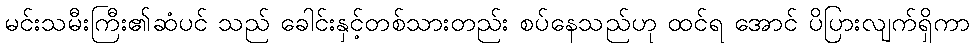
မင်းသမီးကြီး၏ဆံပင် သည် ခေါင်းနှင့်တစ်သားတည်း စပ်နေသည်ဟု ထင်ရ အောင် ပိပြားလျက်ရှိကာ